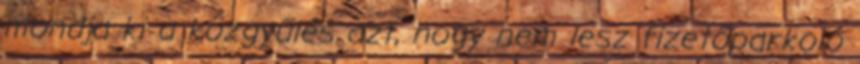
mondja ki a közgyűlés azt, hogy nem lesz fizetőparkoló